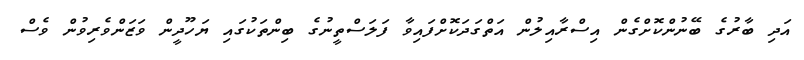
އަދި ބާރުގެ ބޭނުންކޮށްގެން އިސްރާއިލުން އަތްގަދަކޮށްފައިވާ ފަލަސްތީނުގެ ބިންތަކުގައި ޔަހޫދީން ވަޒަންވެރިވުން ވެސް